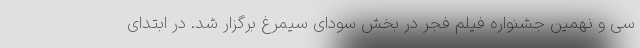
سی و نهمین جشنواره فیلم فجر در بخش سودای سیمرغ برگزار شد. در ابتدای